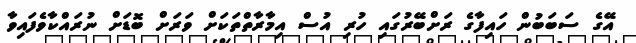
އޭގެ ސަބަބުން ހައިފާގެ ރަށްބޭރުގައި ހުރި އުސް އިމާރާތްތަކަށް ވަރަށް ބޮޑަށް ނުރައްކާވެފައިވާ